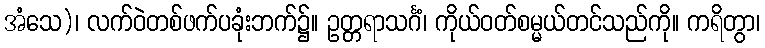
အံသေ)၊ လက်ဝဲတစ်ဖက်ပခုံးဘက်၌။ ဥတ္တရာသင်္ဂံ၊ ကိုယ်ဝတ်စမ္မယ်တင်သည်ကို။ ကရိတွာ၊